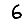
Digit: 6